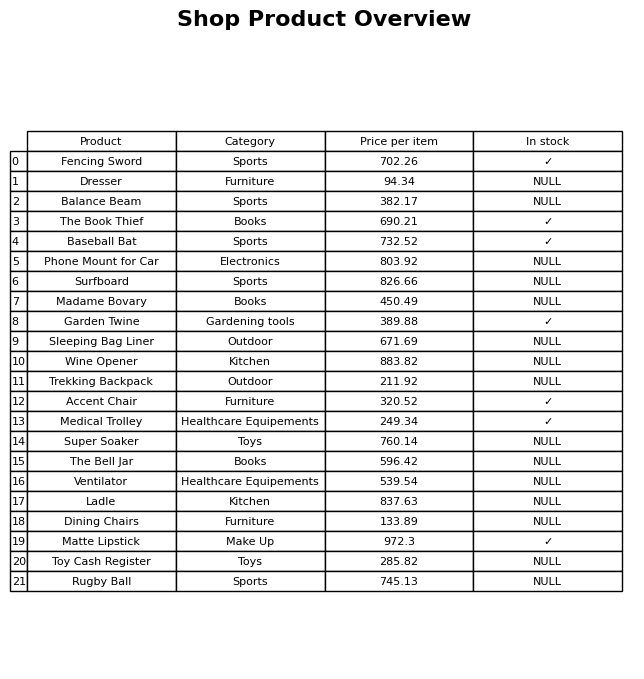
question: Is the Ladle in stock?
answer: NULL